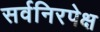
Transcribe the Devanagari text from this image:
सर्वनिरपेक्ष